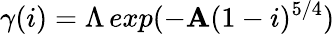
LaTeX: \gamma(i)=\Lambda\, exp(-\mathbf{A}(1-i)^{5/4})